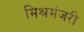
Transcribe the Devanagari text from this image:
मिश्रमंजरी